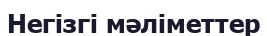
Негiзгi мәлiметтер